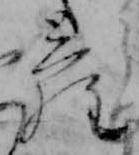
ら